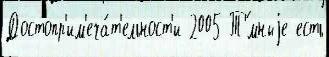
Достопр'им'еча́т'ельност'и 2005 Т'́мныjе есть